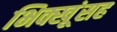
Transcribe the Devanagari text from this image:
भिक्खूंसह